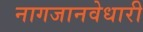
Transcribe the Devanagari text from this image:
नागजानवेधारी